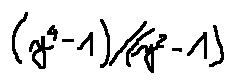
( y ^ { 4 } - 1 ) / ( y ^ { 2 } - 1 )